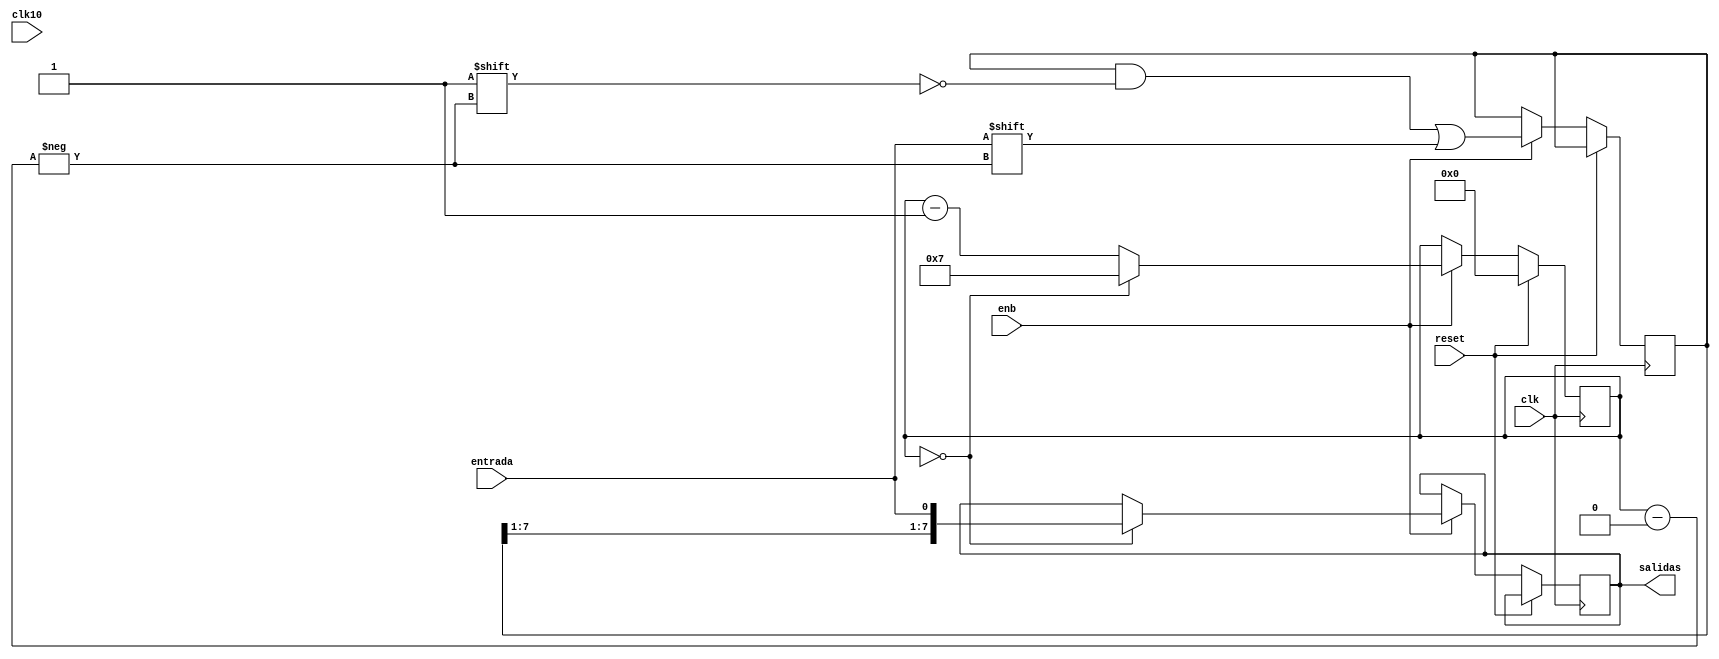
`timescale 1ns/1ps

module serialParalelo(
  clk, reset, enb,
  clk10,
  entrada,
  salidas
);

parameter cantBits = 8;

input wire clk;
input wire reset;
input wire enb;
input wire clk10;
input wire entrada;
output reg [7:0] salidas;

reg [3:0] contador;
reg [7:0] bits;

always @(posedge clk) begin
  if (reset) begin
    contador <= 0;
  end else if (enb) begin
    contador <= contador == 0 ? cantBits-1 : contador-1;
    bits[contador] <= entrada;
    if (contador ==  0) begin
      salidas <= {bits[cantBits-1:1], entrada};
    end
  end
end




endmodule